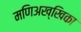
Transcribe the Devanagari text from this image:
मणिअख्खिका